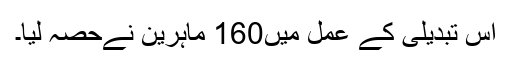
اس تبدیلی کے عمل میں160 ماہرین نےحصہ لیا۔